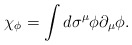
\begin{align*}\chi_\phi = \int d\sigma^\mu \phi\partial_\mu\phi.\end{align*}